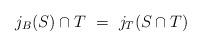
LaTeX: \begin{align*}j_B(S)\cap T \ =\ j_T(S\cap T)\end{align*}